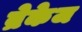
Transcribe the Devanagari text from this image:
ब्रेकेज